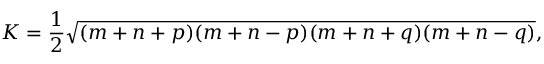
K = { \frac { 1 } { 2 } } { \sqrt { ( m + n + p ) ( m + n - p ) ( m + n + q ) ( m + n - q ) } } ,